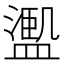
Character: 𱨩